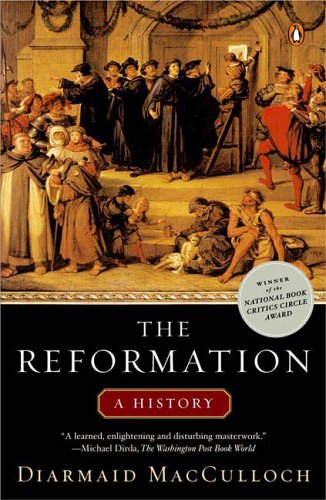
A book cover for The Reformation; Diarmaid MacCulloch; Christian Books & Bibles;